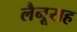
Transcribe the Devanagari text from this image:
लैनूराह